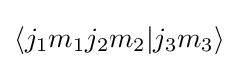
\langle j_{1}m_{1}j_{2}m_{2}|j_{3}m_{3}\rangle